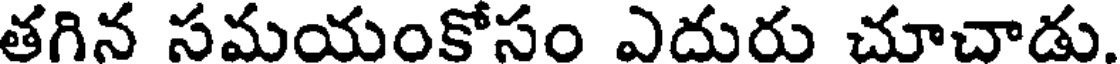
తగిన సమయంకోసం ఎదురు చూచాడు.